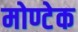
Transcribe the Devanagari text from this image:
मोण्टेक